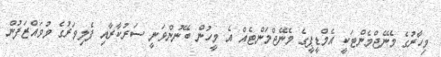
މިހާރުގެ މެނޭޖްމެންޓަކީ އެމްޑީޕީގެ މެނޭޖްމަންޓެއް އެ މީހުން ބޭނުންވަނީ ސަރުކާރާއި ފެލިވަރުގެ މުވައްޒަފުން